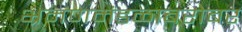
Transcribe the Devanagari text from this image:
भ्रमणमंडळाबरोबर